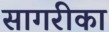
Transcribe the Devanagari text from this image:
सागरीका